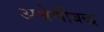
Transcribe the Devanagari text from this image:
अश्रेणीबद्ध